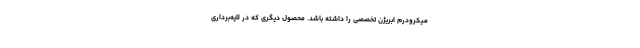
میکرودرم ابریژن تخصصی را داشته باشد. محصول دیگری که در لایه‌برداری